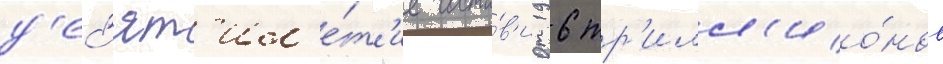
д'ес'ят'ил'е́т'ие соста́в'ит 16 тр'илл'ио́нов